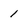
Character: 1